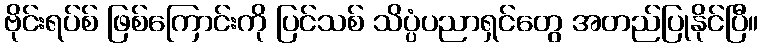
ဗိုင်းရပ်စ် ဖြစ်ကြောင်းကို ပြင်သစ် သိပ္ပံပညာရှင်တွေ အတည်ပြုနိုင်ပြီ။